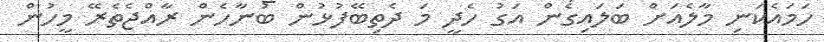
ހަމައެކަނި މާލެއަށް ބަލައިގެން އަގު ހެދީ މަ ދެތިބޭފުޅުން ބުނާހެން ރާއްޖެތެރޭ މީހުން